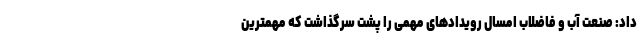
داد: صنعت آب و فاضلاب امسال رویدادهای مهمی را پشت سرگذاشت که مهمترین